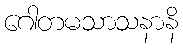
ဂေါတမသာသနာနိ